Indian journal of veterinary science and animal husbandry - Volume 1,
Year: 1931
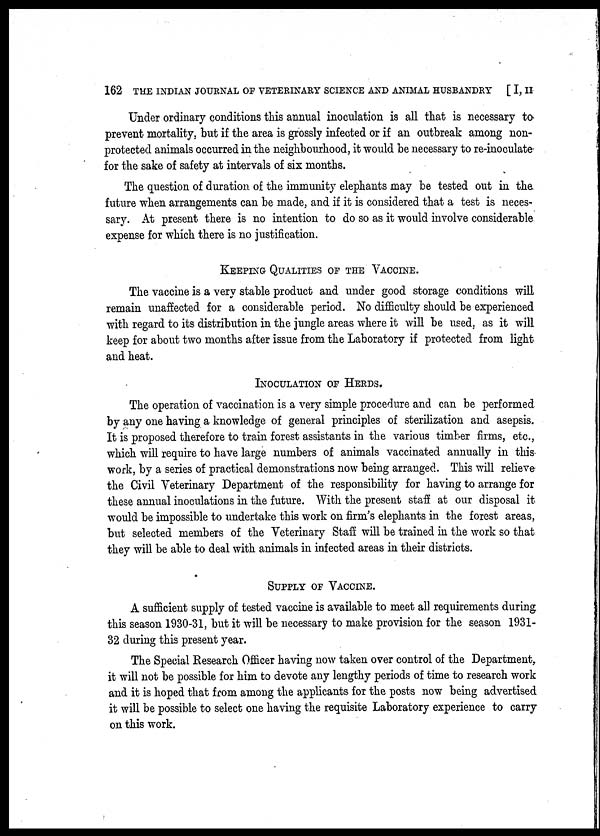
162 THE INDIAN JOURNAL OF VETERINARY SCIENCE AND ANIMAL HUSBANDRY [ I, II
Under ordinary conditions this annual inoculation is all that is necessary to
prevent mortality, but if the area is grossly infected or if an outbreak among non-
protected animals occurred in the neighbourhood, it would be necessary to re-inoculate
for the sake of safety at intervals of six months.
The question of duration of the immunity elephants may be tested out in the
future when arrangements can be made, and if it is considered that a test is neces-
sary. At present there is no intention to do so as it would involve considerable
expense for which there is no justification.
KEEPING QUALITIES OF THE VACCINE.
The vaccine is a very stable product and under good storage conditions will
remain unaffected for a considerable period. No difficulty should be experienced
with regard to its distribution in the jungle areas where it will be used, as it will
keep for about two months after issue from the Laboratory if protected from light
and heat.
INOCULATION OF HERDS.
The operation of vaccination is a very simple procedure and can be performed
by any one having a knowledge of general principles of sterilization and asepsis.
It is proposed therefore to train forest assistants in the various timber firms, etc.,
which will require to have large numbers of animals vaccinated annually in this
work, by a series of practical demonstrations now being arranged. This will relieve
the Civil Veterinary Department of the responsibility for having to arrange for
these annual inoculations in the future. With the present staff at our disposal it
would be impossible to undertake this work on firm's elephants in the forest areas,
but selected members of the Veterinary Staff will be trained in the work so that
they will be able to deal with animals in infected areas in their districts.
SUPPLY OF VACCINE.
A sufficient supply of tested vaccine is available to meet all requirements during
this season 1930-31, but it will be necessary to make provision for the season 1931-
32 during this present year.
The Special Research Officer having now taken over control of the Department,
it will not be possible for him to devote any lengthy periods of time to research work
and it is hoped that from among the applicants for the posts now being advertised
it will be possible to select one having the requisite Laboratory experience to carry
on this work.